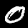
Label: 0